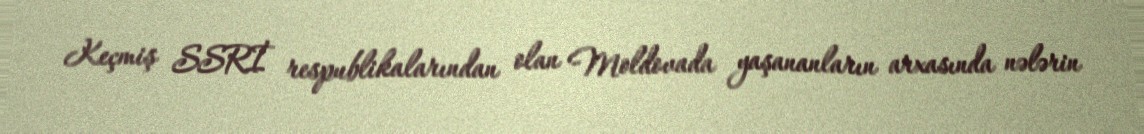
Keçmiş SSRİ respublikalarından olan Moldovada yaşananların arxasında nələrin